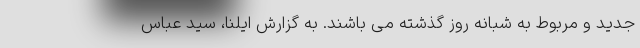
جدید و مربوط به شبانه روز گذشته می باشند. به گزارش ایلنا، سید عباس